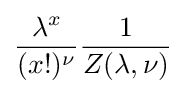
{\frac {\lambda ^{x}}{(x!)^{\nu }}}{\frac {1}{Z(\lambda ,\nu )}}